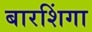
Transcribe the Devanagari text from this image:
बारशिंगा